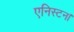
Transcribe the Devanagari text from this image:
एनिस्टन।